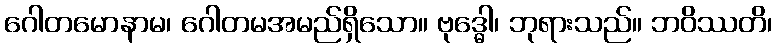
ဂေါတမောနာမ၊ ဂေါတမအမည်ရှိသော။ ဗုဒ္ဓေါ၊ ဘုရားသည်။ ဘဝိဿတိ၊